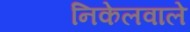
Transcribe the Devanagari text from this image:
निकेलवाले